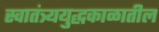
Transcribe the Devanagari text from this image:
स्वातंत्र्ययुद्धकाळातील